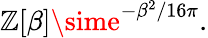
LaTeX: \mathbb{Z}[\beta]\sime^{-\beta^{2}/16\pi}.